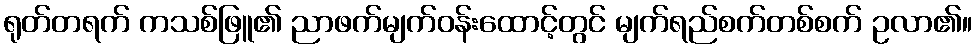
ရုတ်တရက် ကသစ်ဖြူ၏ ညာဖက်မျက်ဝန်းထောင့်တွင် မျက်ရည်စက်တစ်စက် ဥလာ၏။